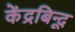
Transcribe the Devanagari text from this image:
केंद्रबिन्दू